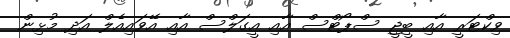
ވިކްޓަރީ އާއި ބީޖީ ސްޕޯޓްސް އާއި އީގަލްސް އާއި އޭވައިއެލް އަދި މުޅިން